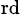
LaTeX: ^\mathrm{rd}